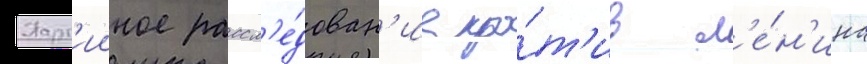
Парт'ииное рассл'е́дован'ие про́т'ив л'е́н'ина